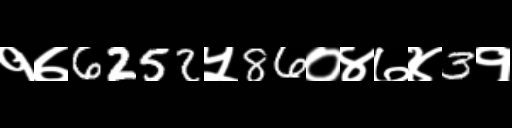
Text: १७6252५86०४७४3१